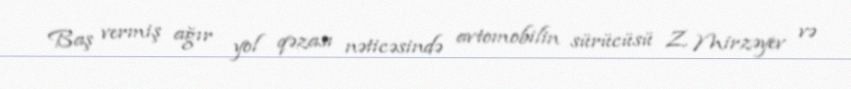
Baş vermiş ağır yol qəzası nəticəsində avtomobilin sürücüsü Z. Mirzəyev və